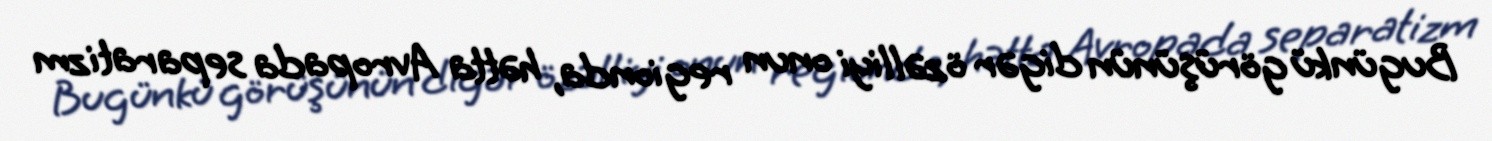
Bugünkü görüşünün digər özəlliyi onun regionda, hətta Avropada separatizm